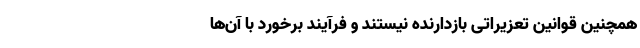
همچنین قوانین تعزیراتی بازدارنده نیستند و فرآیند برخورد با آن‌ها